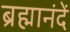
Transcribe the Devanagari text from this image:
ब्रह्मानंदें